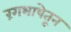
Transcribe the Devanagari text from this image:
रंगभाषेतून